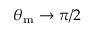
\theta _ { \mathrm { m } } \to \pi / 2